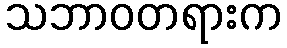
သဘာဝတရားက